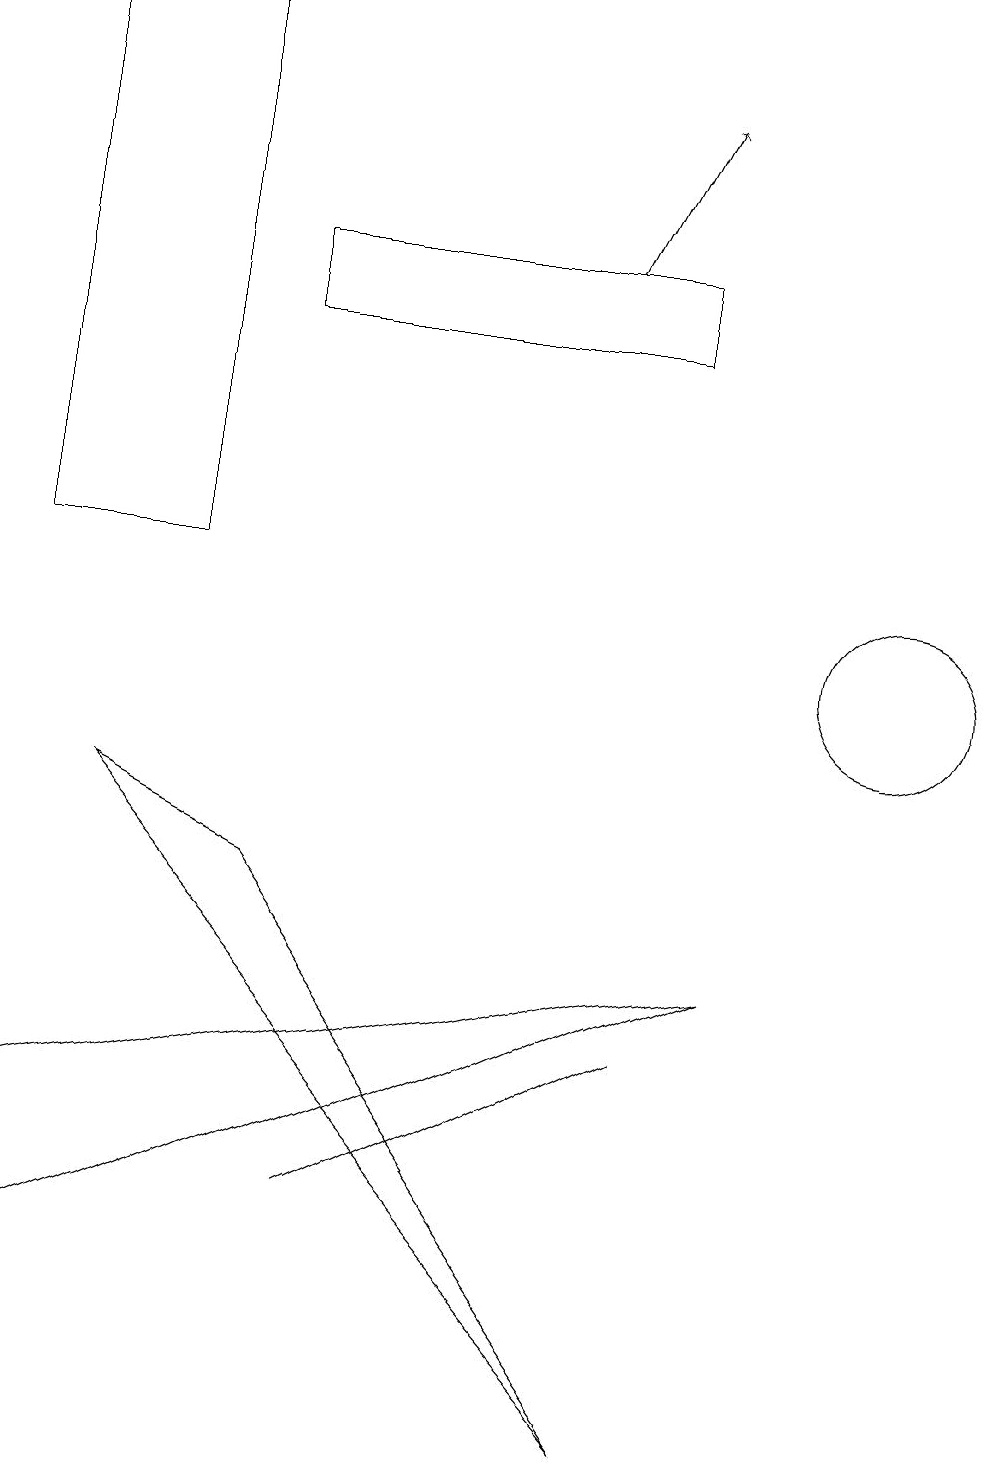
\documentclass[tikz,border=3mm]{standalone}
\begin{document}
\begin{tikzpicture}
\draw (0,4) -- (9,6) -- (0,2) -- cycle;
\draw (11,10) circle (1);
\draw (3,15) rectangle (8,14);
\draw (8,0) -- (3,7) -- (1,8) -- cycle;
\draw (8,5) -- (6,4) -- (4,3) -- cycle;
\draw (0,11) rectangle (2,18);
\draw[->] (7,15) -- (8,17);
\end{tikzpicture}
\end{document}